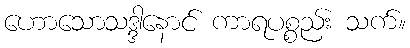
ဟောသောသဒ္ဒါနောင် ကာရပစ္စည်း သက်။